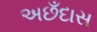
અછઁદાસ